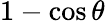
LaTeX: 1-\cos\theta